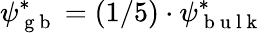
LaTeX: \psi_{\mathrm{~g~b~}}^{*}=(1/5)\cdot\psi_{\mathrm{~b~u~l~k~}}^{*}